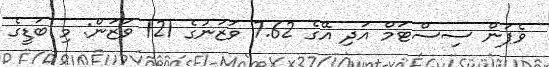
ވެޕަން ސިސްޓަމް އަދި އޭގެ 7.62 ވަޒަނުގެ 121 ވަޒަން: މި ބަޑީގެ